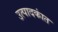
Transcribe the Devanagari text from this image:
उत्पादकांत